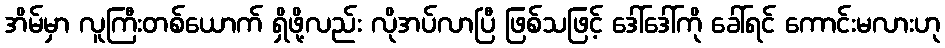
အိမ်မှာ လူကြီးတစ်ယောက် ရှိဖို့လည်း လိုအပ်လာပြီ ဖြစ်သဖြင့် ဒေါ်ဒေါ်ကို ခေါ်ရင် ကောင်းမလားဟု